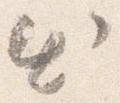
出